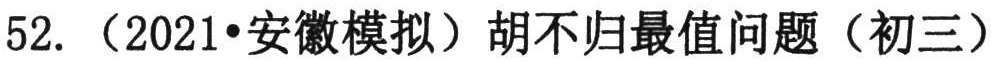
52. （2021•安徽模拟）胡不归最值问题（初三）